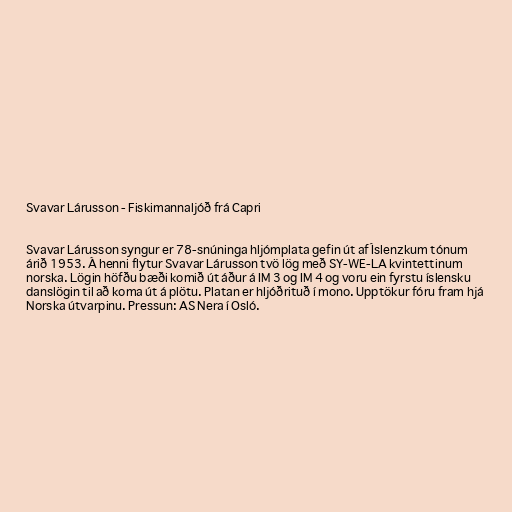
Svavar Lárusson - Fiskimannaljóð frá Capri

Svavar Lárusson syngur er 78-snúninga hljómplata gefin út af Íslenzkum tónum
árið 1953. Á henni flytur Svavar Lárusson tvö lög með SY-WE-LA kvintettinum
norska. Lögin höfðu bæði komið út áður á IM 3 og IM 4 og voru ein fyrstu íslensku
danslögin til að koma út á plötu. Platan er hljóðrituð í mono. Upptökur fóru fram hjá
Norska útvarpinu. Pressun: AS Nera í Osló.